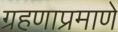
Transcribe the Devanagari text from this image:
ग्रहणाप्रमाणे